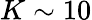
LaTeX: K\sim 10